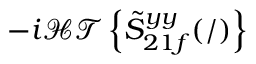
- i \mathcal { H T } \left\{ \tilde { S } _ { 2 1 f } ^ { y y } ( / ) \right\}